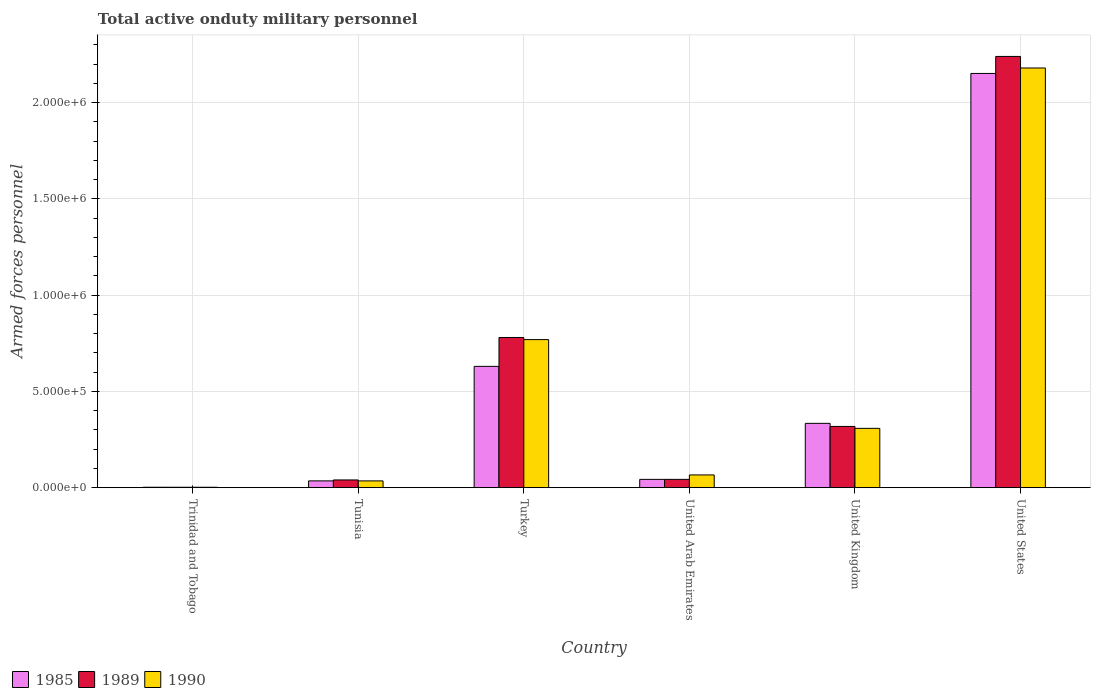
| Country | 1985 | 1989 | 1990 |
 | --- | --- | --- | --- |
 | Trinidad and Tobago | 2.1e+03 | 2e+03 | 2e+03 |
 | Tunisia | 3.51e+04 | 4e+04 | 3.5e+04 |
 | Turkey | 6.3e+05 | 7.8e+05 | 7.69e+05 |
 | United Arab Emirates | 4.3e+04 | 4.3e+04 | 6.6e+04 |
 | United Kingdom | 3.34e+05 | 3.18e+05 | 3.08e+05 |
 | United States | 2.15e+06 | 2.24e+06 | 2.18e+06 |